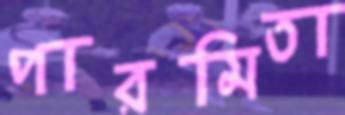
পারমিতা